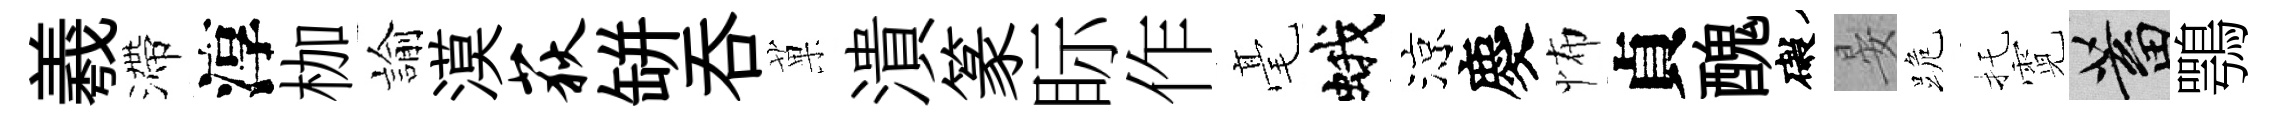
羲滯淳枷諭漠荻缾吞菓潰篆眎作毫蛾涼慶怖貞醜礙晏跪托霓蓄鶚